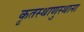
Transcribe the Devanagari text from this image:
कृतस्थाणुस्थाना